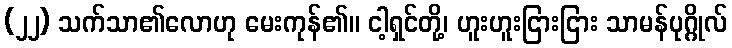
(၂၂) သက်သာ၏လောဟု မေးကုန်၏။ ငါ့ရှင်တို့၊ ဟူးဟူးငြားငြား သာမန်ပုဂ္ဂိုလ်